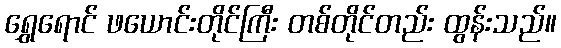
ရွှေရောင် ဖယောင်းတိုင်ကြီး တစ်တိုင်တည်း ထွန်းသည်။